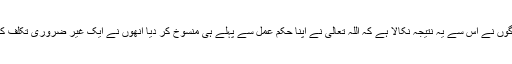
جن لوگوں نے اس سے یہ نتیجہ نکالا ہے کہ اللہ تعالیٰ نے اپنا حکم عمل سے پہلے ہی منسوخ کر دیا انھوں نے ایک غیر ضروری تکلف کیا ہے۔